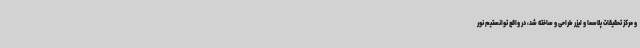
و مرکز تحقیقات پلاسما و لیزر طراحی و ساخته شد، در واقع توانستیم نور